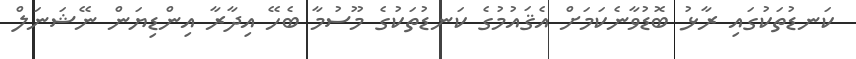
ކަނޑުތަކުގައި ރާޅު ބޮޑުވާނެކަމަށް އެޤައުމުގެ ކަނޑުތަކުގެ މޫސުމާ ބެހޭ އިދާރާ އިންޑިޔަން ނޭޝަނަލް